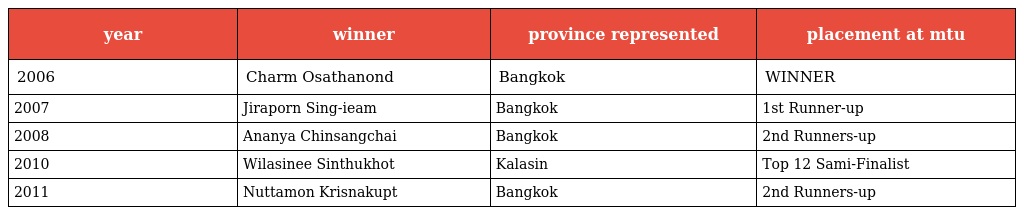
| year | winner | province represented | placement at mtu |
 | --- | --- | --- | --- |
 | 2006 | Charm Osathanond | Bangkok | WINNER |
 | 2007 | Jiraporn Sing-ieam | Bangkok | 1st Runner-up |
 | 2008 | Ananya Chinsangchai | Bangkok | 2nd Runners-up |
 | 2010 | Wilasinee Sinthukhot | Kalasin | Top 12 Sami-Finalist |
 | 2011 | Nuttamon Krisnakupt | Bangkok | 2nd Runners-up |